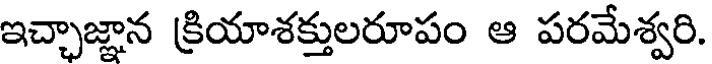
ఇచ్చాజ్ఞాన క్రియాశక్తులరూపం ఆ పరమేశ్వరి.